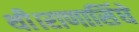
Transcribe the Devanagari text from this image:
थी।राणासिंघे